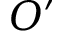
O ^ { \prime }